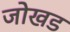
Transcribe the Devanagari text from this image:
जोखड